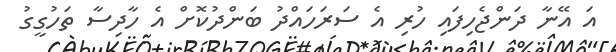
އަ އޭނާ ދަންޖެހިފައި ހުރި އެ ސަރަހައްދު ބަންދުކޮށް އެ ހާދިސާ ތަހުގީގު